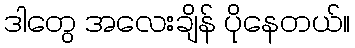
ဒါတွေ အလေးချိန် ပိုနေတယ်။